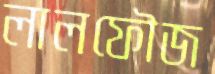
লালফৌজ